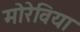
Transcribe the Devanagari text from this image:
मोरेविया